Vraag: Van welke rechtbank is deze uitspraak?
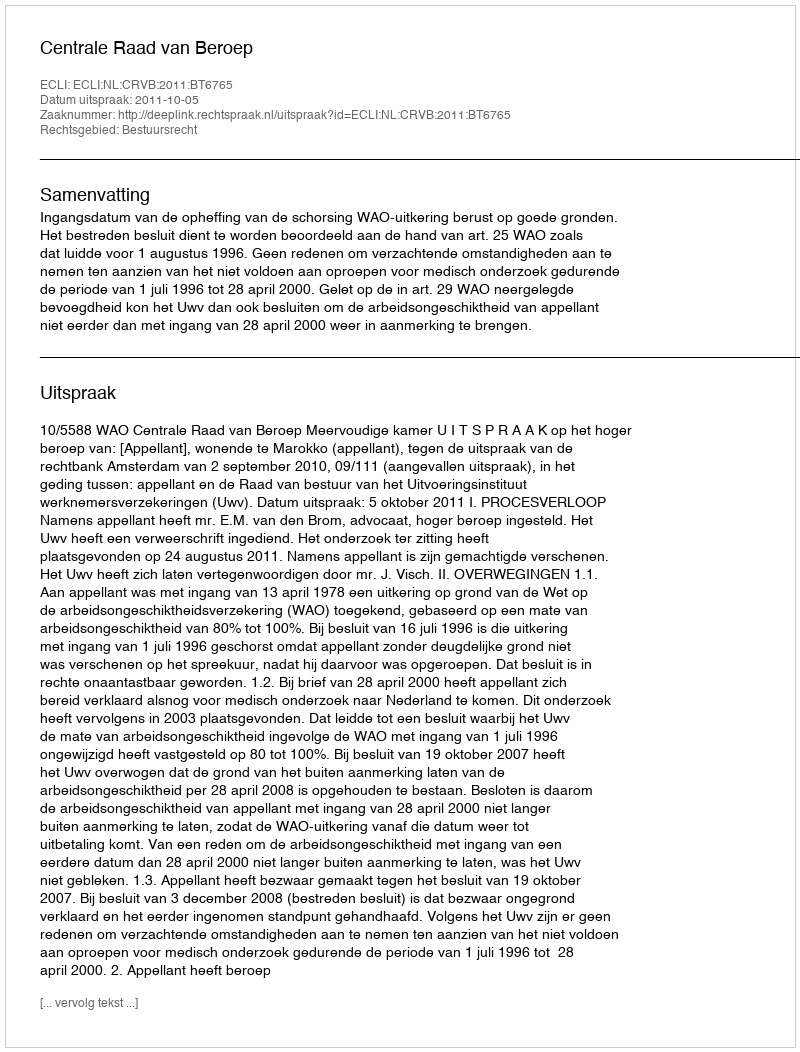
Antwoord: Centrale Raad van Beroep